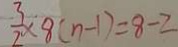
\frac { 3 } { 2 } \times 8 ( n - 1 ) = 8 - 2